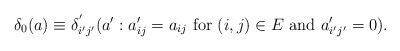
\begin{align*}\delta_{0}(a)\equiv\delta_{i'j'}^{'}(a':a_{ij}'=a_{ij}\mbox{ for \ensuremath{(i,j)\in E} and }a_{i'j'}'=0).\end{align*}